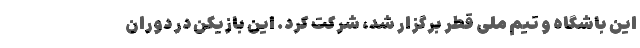
این باشگاه و تیم ملی قطر برگزار شد، شرکت کرد. این بازیکن در دوران